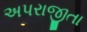
અપરાજીતા